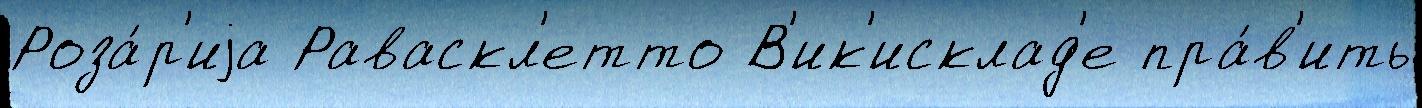
Роза́р'иjа Раваскл'етто В'ик'исклад'е пра́в'ить